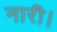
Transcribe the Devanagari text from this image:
नारी।